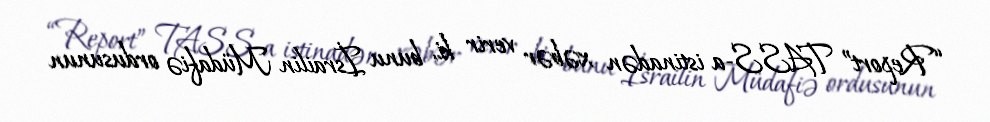
“Report” TASS-a istinadən xəbər verir ki, bunu İsrailin Müdafiə ordusunun